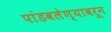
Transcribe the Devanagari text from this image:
पांडवलेण्यावरून